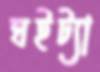
ঘইট্যা